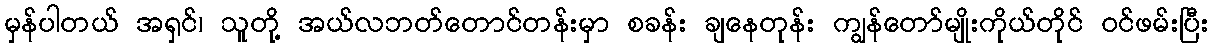
မှန်ပါတယ် အရှင်၊ သူတို့ အယ်လဘတ်တောင်တန်းမှာ စခန်း ချနေတုန်း ကျွန်တော်မျိုးကိုယ်တိုင် ဝင်ဖမ်းပြီး